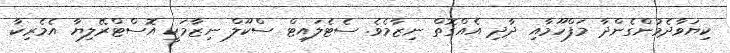
ކިޔަވާދެމުންގެންދާ މަފްހޫމާއި ދާދި އެއްގޮތް ނިޒާމެވެ. ސެޓެލައިޓް ސްކޫލް ނިޒާމަކީ އޮސްޓްރޭލިޔާ އެމެރިކާ